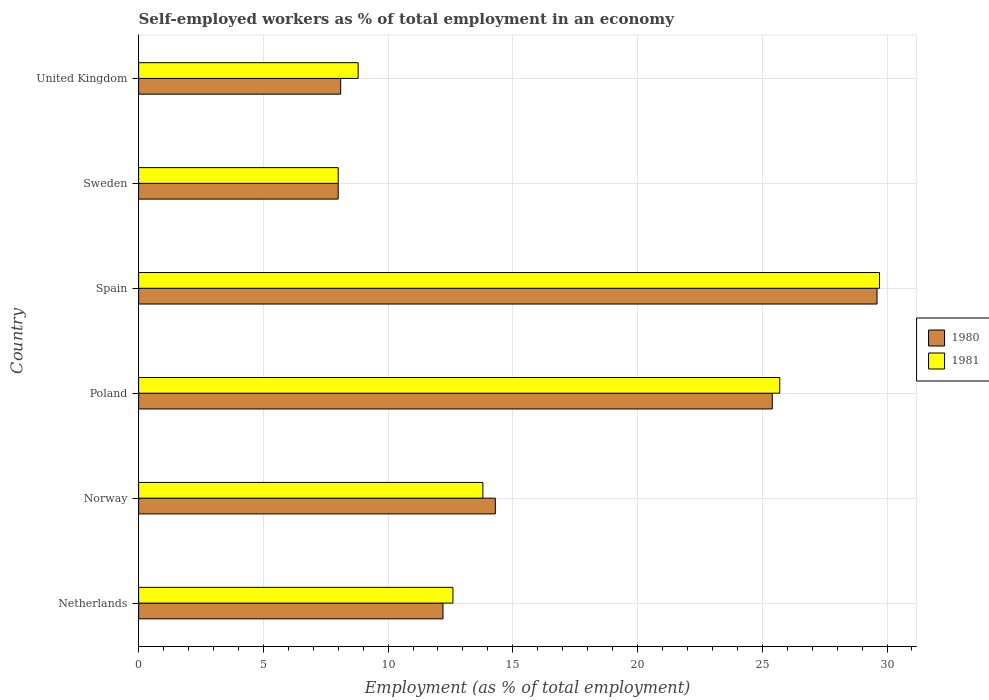
| Country | 1980 | 1981 |
 | --- | --- | --- |
 | Netherlands | 12.2 | 12.6 |
 | Norway | 14.3 | 13.8 |
 | Poland | 25.4 | 25.7 |
 | Spain | 29.6 | 29.7 |
 | Sweden | 8 | 8 |
 | United Kingdom | 8.1 | 8.8 |